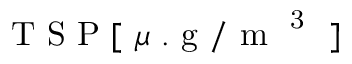
\mathrm { ~ T ~ S ~ P ~ [ ~ } \mu \mathrm { ~ . ~ g ~ / ~ m ~ } ^ { \mathrm { ~ 3 ~ } } \mathrm { ~ ] ~ }